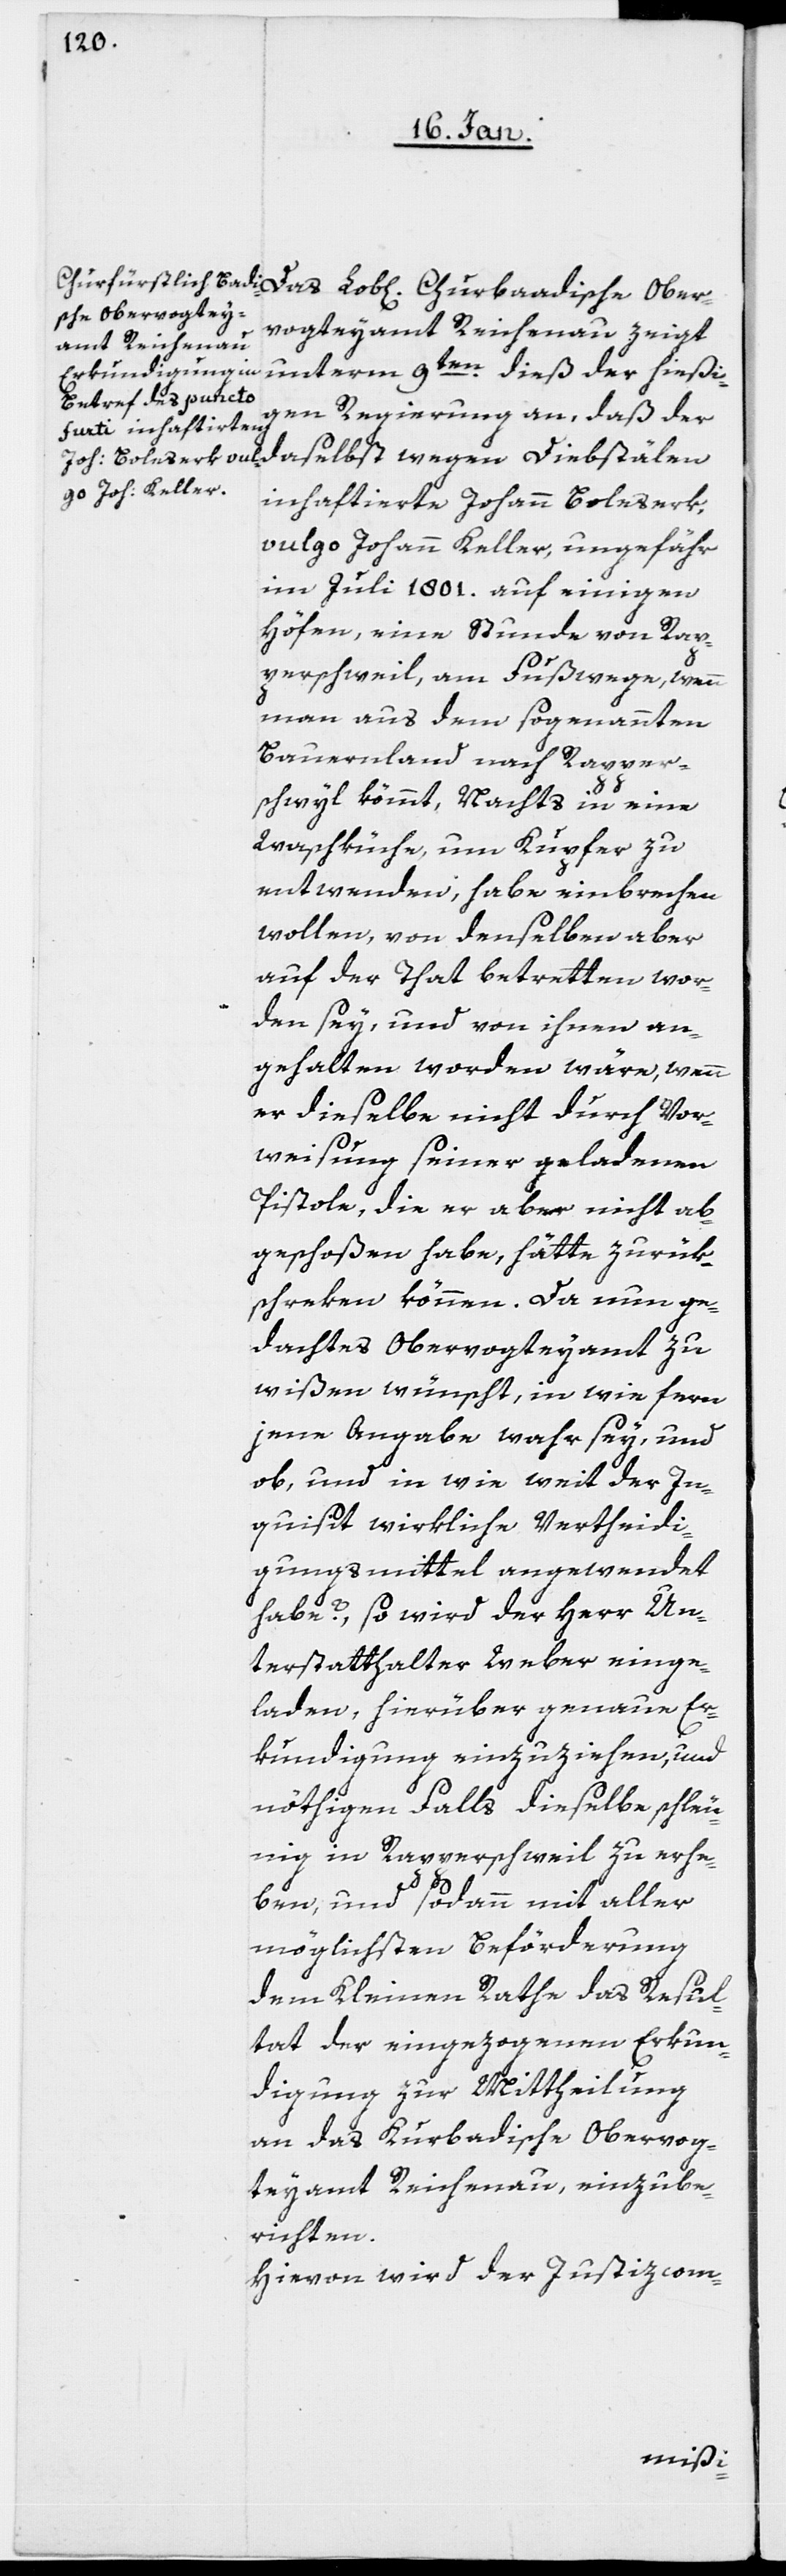
Churbad¬
ische Obervogtey¬
amt Reichenau
unterm 9ten. dieß der hießi¬
gen Regierung an, daß der
daselbst wegen Diebstälen
inhaftierte Johann Boleserk,
vulgo Johann Keller, ungefähr
im Juli 1801. auf einigen
Höfen, eine Stunde von Rap¬
perschweil, am Fußwege, wenn
man aus dem sogenannten
Bauernland nach Rapper¬
schwyl kömmt, Nachts in eine
Waschküche, um Kupfer zu
entwenden, habe einbrechen
wollen, von denselben aber
auf der That betretten wor¬
den sey, und von ihnen an¬
gehalten worden wäre, wenn
er dieselbe nicht durch Vor¬
weisung seiner geladenen
Pistole, die er aber nicht ab¬
geschoßen habe, hätte zurük¬
schreken können. Da nun ge¬
dachtes Obervogteyamt zu
wißen wünscht, in wie fern
jene Angabe wahr sey, und
ob, und in wie weit der In¬
quisit wirkliche Vertheidi¬
gungsmittel angewendet
habe?, so wird der Herr Un¬
terstatthalter Weber einge¬
laden, hierüber genaue Er¬
kundigung einzuziehen, und
nöthigen Falls dieselbe schleu¬
nig in Rapperschweil zu erhe¬
ben, und sodann mit aller
möglichsten Beförderung
dem Kleinen Rathe das Resul¬
tat der eingezogenen Erkun¬
digung zur Mittheilung
an das Kurbadische Obervog¬
teyamt Reichenau einzube¬
richten.
Hievon wird der Justizcom-